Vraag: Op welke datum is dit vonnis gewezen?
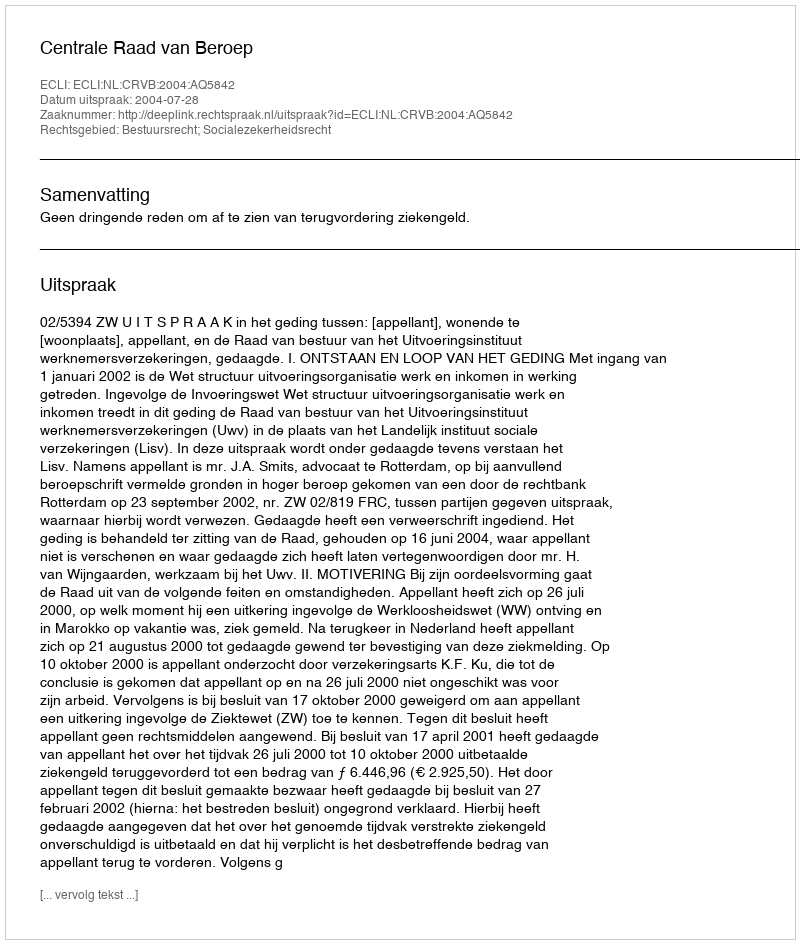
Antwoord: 2004-07-28